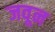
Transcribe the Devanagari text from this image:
जवून